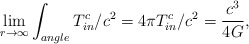
\begin{align*}\lim_{r \rightarrow \infty} \int_{angle} T_{in}^c /c^2 = 4 \pi T_{in}^c / c^2 = \frac{c^3}{4G} ,\end{align*}